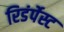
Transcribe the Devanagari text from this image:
रिडंर्पेस्ट